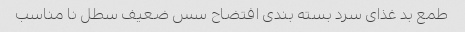
طمع بد غذای سرد بسته بندی افتضاح سس ضعیف سطل نا مناسب